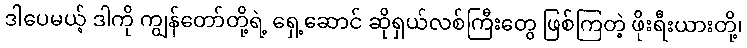
ဒါပေမယ့် ဒါကို ကျွန်တော်တို့ရဲ့ ရှေ့ဆောင် ဆိုရှယ်လစ်ကြီးတွေ ဖြစ်ကြတဲ့ ဖိုးရီးယားတို့၊